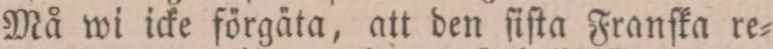
Må wi icke förgäta, att den ſiſta Franſka re=